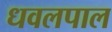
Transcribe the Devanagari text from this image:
धवलपाल